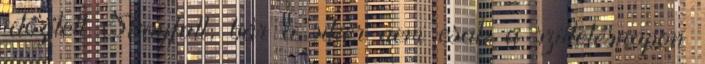
időzített Skayfall, bár a siker nem csak a születésnapon